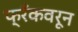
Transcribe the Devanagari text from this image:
फ्रँकवरून